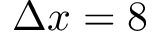
\Delta x = 8